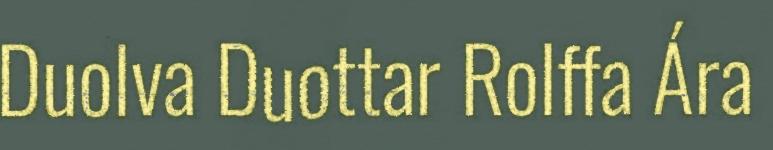
Duolva Duottar Rolffa Ára